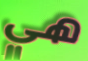
هي